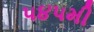
૫૪૫મી